Notes on vaccination in the North-West Frontier Province 1923-1928 - 1923-1928
Year: 1923
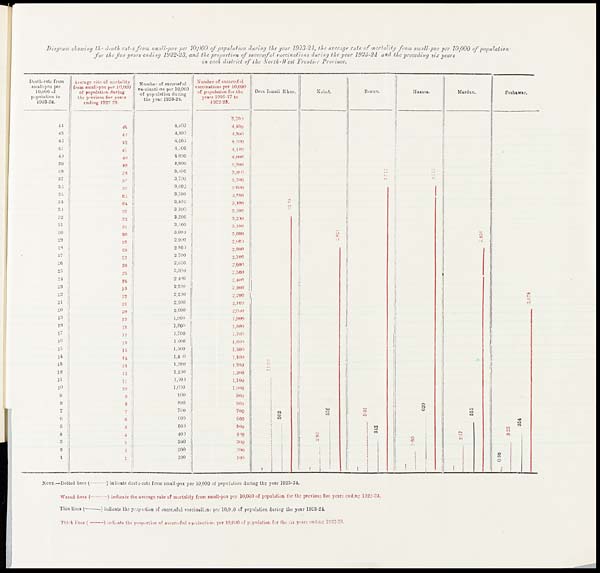
Diagram showing the death-rates from small-pox per 10,000 of population during the year 1923-24, the average rate of mortality from small-pox per 10,000 of population
for the five years ending 1922-23, and the proportion of successful vaccinations during the year 1923-24 and the prceeding six years
in each district of the North- West Frontier Province.